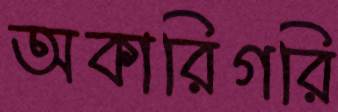
অকারিগরি